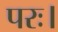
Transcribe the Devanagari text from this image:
परः।